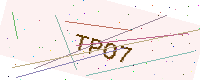
Text: TPO7